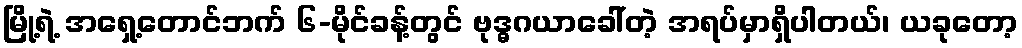
မြို့ရဲ့ အရှေ့တောင်ဘက် ၆-မိုင်ခန့်တွင် ဗုဒ္ဓဂယာခေါ်တဲ့ အရပ်မှာရှိပါတယ်၊ ယခုတော့